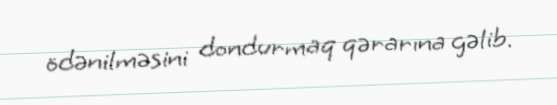
ödənilməsini dondurmaq qərarına gəlib.